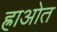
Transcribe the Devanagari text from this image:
ह्राओत